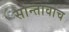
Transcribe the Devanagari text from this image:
सान्तावाच